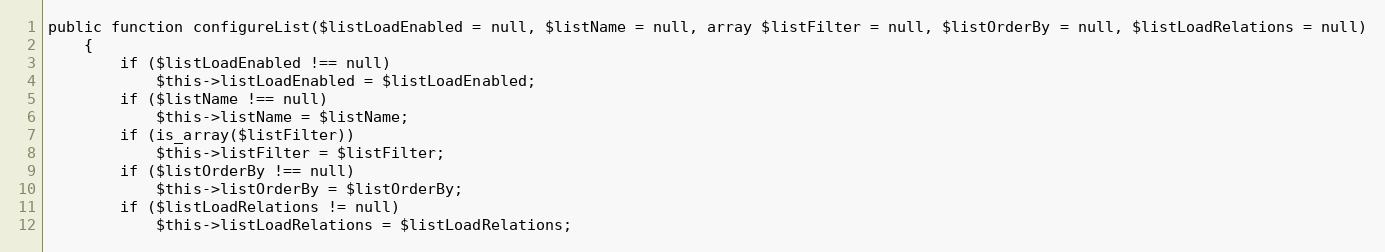
Language: PHP
public function configureList($listLoadEnabled = null, $listName = null, array $listFilter = null, $listOrderBy = null, $listLoadRelations = null)
    {
        if ($listLoadEnabled !== null)
            $this->listLoadEnabled = $listLoadEnabled;
        if ($listName !== null)
            $this->listName = $listName;
        if (is_array($listFilter))
            $this->listFilter = $listFilter;
        if ($listOrderBy !== null)
            $this->listOrderBy = $listOrderBy;
        if ($listLoadRelations != null)
            $this->listLoadRelations = $listLoadRelations;